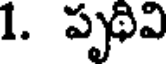
1. పృథివి